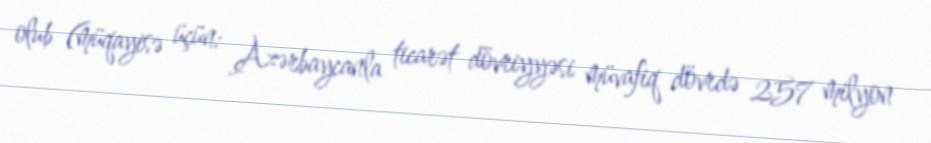
olub (müqayisə üçün: Azərbaycanla ticarət dövriyyəsi müvafiq dövrdə 257 milyon